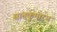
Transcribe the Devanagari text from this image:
सांतकुमारन